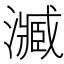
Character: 㵴